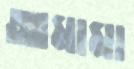
আমামা